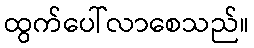
ထွက်ပေါ်လာစေသည်။